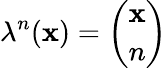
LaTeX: \lambda^{n}(\mathbf{x})={\binom{\mathbf{x}}{n}}